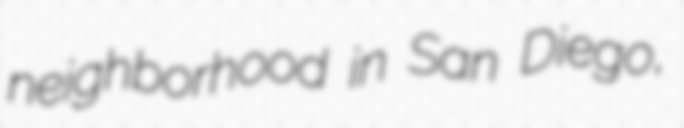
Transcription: neighborhood in San Diego,